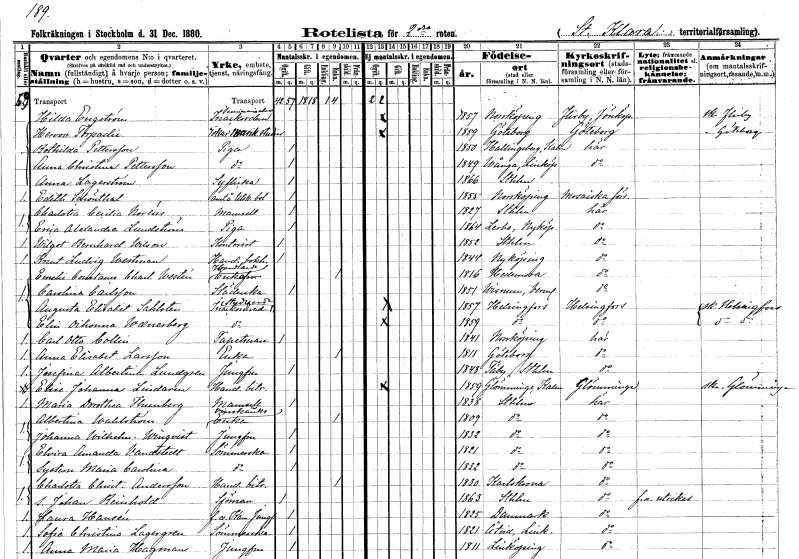
gt_parse: households: individuals: FN: Hilda
EN: Engström
YRKE: Seminarielev Inackorderad
KON: K
CIV: O
FODAR: 1857
FODFORS: Norrköping Östergötlands län
FN: Hervov
EN: Torpadie
YRKE: Idkar studier
KON: K
CIV: O
FODAR: 1859
FODFORS: Göteborg Göteborgs- och Bohuslän
FN: Bothilda
EN: Pettersson
YRKE: Piga
KON: K
CIV: O
FODAR: 1850
FODFORS: Hallingeberg Kalmar län
FN: Anna Christina
EN: Pettersson
YRKE: Piga
KON: K
CIV: O
FODAR: 1849
FODFORS: Vånga Östergötlands län
FN: Anna
EN: Lagerström
YRKE: Syflicka
KON: K
CIV: O
FODAR: 1866
FODFORS: Stockholm
FN: Edith
EN: Schönthal
YRKE: Anställd å Utskänknigsbolaget
KON: K
CIV: O
FODAR: 1855
FODFORS: Norrköping Östergötlands län
FN: Charlotta Cecilia
EN: Noréus
KON: K
CIV: O
FODAR: 1827
FODFORS: Stockholm
FN: Erica Alexandra
EN: Lundström
YRKE: Piga
KON: K
CIV: O
FODAR: 1864
FODFORS: Lerbo Södermanlands län
FN: Wilgot Bernhard
EN: Wilson
YRKE: Kontorist
KON: M
CIV: O
FODAR: 1852
FODFORS: Stockholm
FN: Knut Ludvig
EN: Westman
YRKE: Handelsbokhållare
KON: M
CIV: O
FODAR: 1844
FODFORS: Nyköping Södermanlands län
FN: Emelie Constance Charlotta
EN: Westén
YRKE: Handlandeänka
KON: K
CIV: E
FODAR: 1816
FODFORS: Hedemora Kopparbergs län
FN: Carolina
EN: Carlsson
YRKE: Städerska
KON: K
CIV: O
FODAR: 1851
FODFORS: Visnum Värmlands län
FN: Augusta Elisabet
EN: Sahlsten
YRKE: Studerande Inackorderad
KON: K
CIV: O
FODAR: 1857
FN: Elin Oihonna
EN: Waenerberg
YRKE: Studerande Inackorderad
KON: K
CIV: O
FODAR: 1859
FN: Carl Otto
EN: Collin
YRKE: Tapetserare
KON: M
CIV: O
FODAR: 1841
FODFORS: Norrköping Östergötlands län
FN: Anna Elisabet
EN: Larsson
YRKE: Änka
KON: K
CIV: E
FODAR: 1811
FODFORS: Göteborg Göteborgs- och Bohuslän
FN: Josefina Albertina
EN: Lundgren
YRKE: Jungfru
KON: K
CIV: O
FODAR: 1848
FODFORS: Täby Stockholms län
FN: Elise Johanna
EN: Lindarm
YRKE: Handelsbiträde
KON: K
CIV: O
FODAR: 1859
FODFORS: Glömminge Kalmar län
FN: Maria Dorothea
EN: Thunberg
KON: K
CIV: O
FODAR: 1838
FODFORS: Stockholm
FN: Albertina
EN: Wahlström
YRKE: Vinskänksänka
KON: K
CIV: E
FODAR: 1809
FODFORS: Stockholm
FN: Johanna Wilhelmina
EN: Winqvist
YRKE: Jungfru
KON: K
CIV: O
FODAR: 1832
FODFORS: Stockholm
FN: Elvira Amanda
EN: Vandstedt
YRKE: Sömmerska
KON: K
CIV: O
FODAR: 1821
FODFORS: Stockholm
FN: Maria Carolina
YRKE: Sömmerska
KON: K
CIV: O
FODAR: 1832
FODFORS: Stockholm
FN: Charlotta Christina
EN: Andersson
YRKE: Handelsbiträde
KON: K
CIV: E
FODAR: 1830
FODFORS: Karlskrona Blekinge län
FN: Johan Reinhold
YRKE: Sjöman
KON: M
CIV: O
FODAR: 1863
FODFORS: Stockholm
FN: Laura
EN: Hansén
YRKE: Kammarjungfru f.d.
KON: K
CIV: O
FODAR: 1825
FN: Sofia Christina
EN: Lagergren
YRKE: Sömmerska
KON: K
CIV: O
FODAR: 1821
FODFORS: Åtvid Östergötlands län
FN: Anna Maria
EN: Hagman
YRKE: Jungfru
KON: K
CIV: O
FODAR: 1811
FODFORS: Linköping Östergötlands län